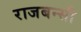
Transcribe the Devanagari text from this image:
राजबन्सी